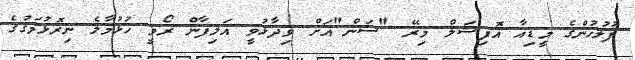
ފުލުހުންގެ މީޑިއާ އޮފިޝަލް މިރޭ "ސަން"އަށް ވިދާޅުވީ އަލިފާން ރޯވީ ހުޅުމާލެ ނިރޮޅުމަގުގެ